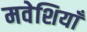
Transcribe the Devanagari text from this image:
मवेशियाँ